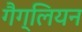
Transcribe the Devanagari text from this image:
गैग्लियन